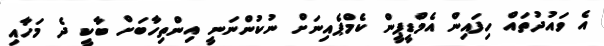
އެ ވައުދުތައް ހިފައިން އެމްޑީޕީން ކެމްޕެއިނަށް ނުކުންނަނީ އިންތިހާބަށް ބާކީ ދެ މަހާއި